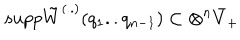
s u p p \tilde { W } ^ { ( . . ) } ( q _ { 1 } . . q _ { n - 1 } ) \subset \otimes ^ { n } \bar { V } _ { + }